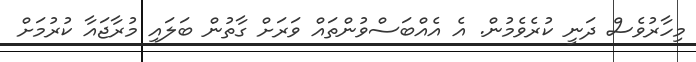
މިހާރުވެސް ދަނީ ކުރެވެމުން. އެ އެއްބަސްވުންތައް ވަރަށް ގާތުން ބަލައި މުރާޖައާ ކުރުމަށް